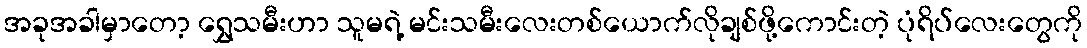
အခုအခါမှာတော့ ရွှေသမီးဟာ သူမရဲ့ မင်းသမီးလေးတစ်ယောက်လိုချစ်ဖို့ကောင်းတဲ့ ပုံရိပ်လေးတွေကို